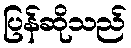
ပြန်ဆိုသည်